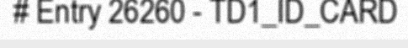
# Entry 26260 - TD1_ID_CARD